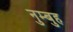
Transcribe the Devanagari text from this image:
नुम्बुह